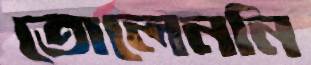
তোলেননি